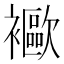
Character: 𧞨